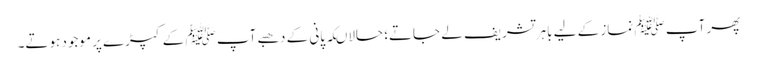
پھر آپ ﷺ نماز کے لیے باہر تشریف لے جاتے؛ حالاںکہ پانی کے دھبے آپ ﷺ کے کپڑے پر موجود ہوتے۔